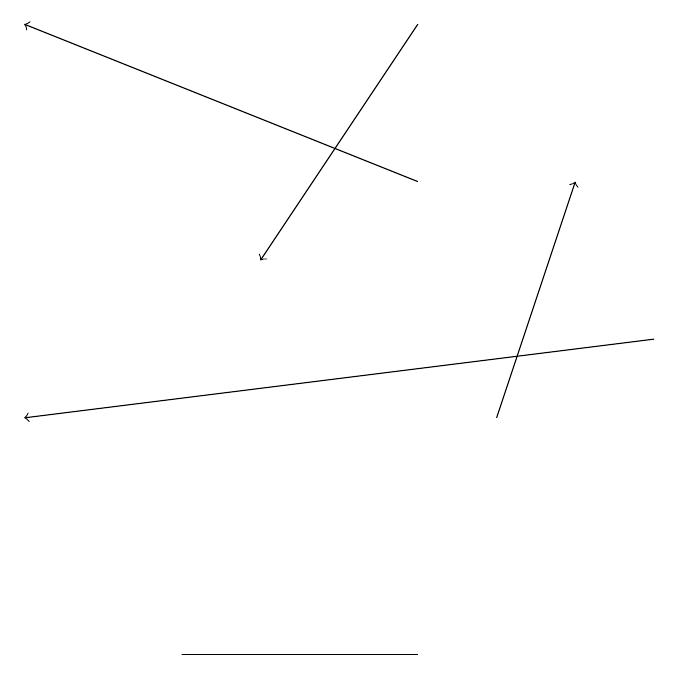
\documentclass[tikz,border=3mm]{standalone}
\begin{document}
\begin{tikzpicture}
\draw[->] (6,16) -- (1,18);
\draw[->] (9,14) -- (1,13);
\draw[->] (7,13) -- (8,16);
\draw (6,10) rectangle (3,10);
\draw[->] (6,18) -- (4,15);
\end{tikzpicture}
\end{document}